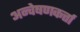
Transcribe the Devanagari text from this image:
अन्वेषणकर्त्ता